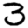
Digit: 3